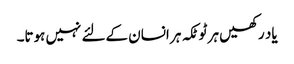
یاد رکھیں ہر ٹوٹکہ ہر انسان کےلئے نہیں ہوتا۔